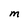
Character: M